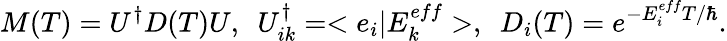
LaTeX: M(T)=U^{\dagger}D(T)U,~~U_{ik}^{\dagger}=<e_{i}|E_{k}^{eff}>,~~D_{i}(T)=e^{-E_{i}^{eff}T/\hbar}.